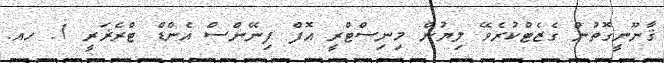
ޤާނޫނީގޮތުން ގެޒެޓްކުރެވޭ ލިޔުން މިނިސްޓްރީ އޮފް ފިނޭންސް އެންޑް ޓްރެޜަރީ 1. ހއ.